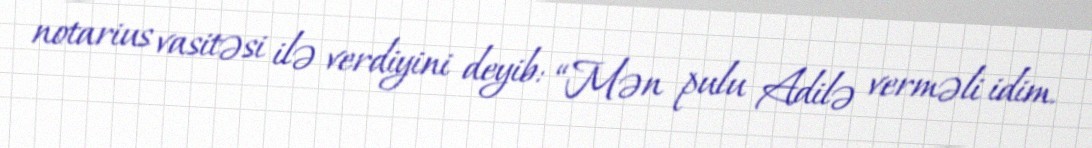
notarius vasitəsi ilə verdiyini deyib: “Mən pulu Adilə verməli idim.